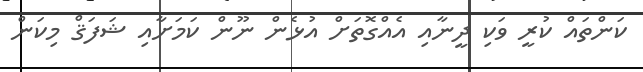
ކަންތައް ކުރީ ވަކި ދީނާއި އެއްގޮތަށް އުޅެން ނޫން ކަމަށާއި ޝަފަޤް މިކަން